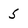
Character: 5